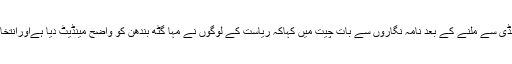
ہیمنت سورین نے جے وی ایم سپریمو بابو لال مرانڈی سے ملنے کے بعد نامہ نگاروں سے بات چیت میں کہاکہ ریاست کے لوگوں نے مہا گٹھ بندھن کو واضح مینڈیٹ دیا ہےاورانتخاب میں بابو لال مرانڈی اور ان کی پارٹی کے الگ ۔